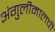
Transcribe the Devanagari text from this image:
अंगुलीमालची